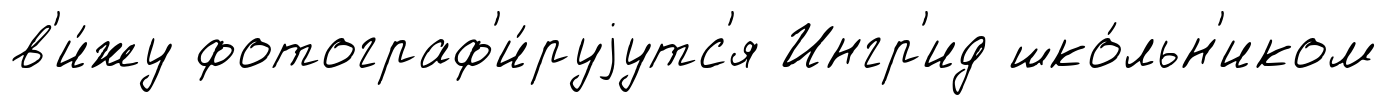
в'и́жу фотограф'и́руjутс'я Ингр'ид шко́льн'иком